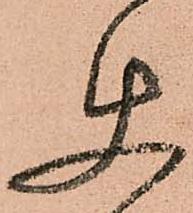
使